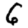
Digit: 6